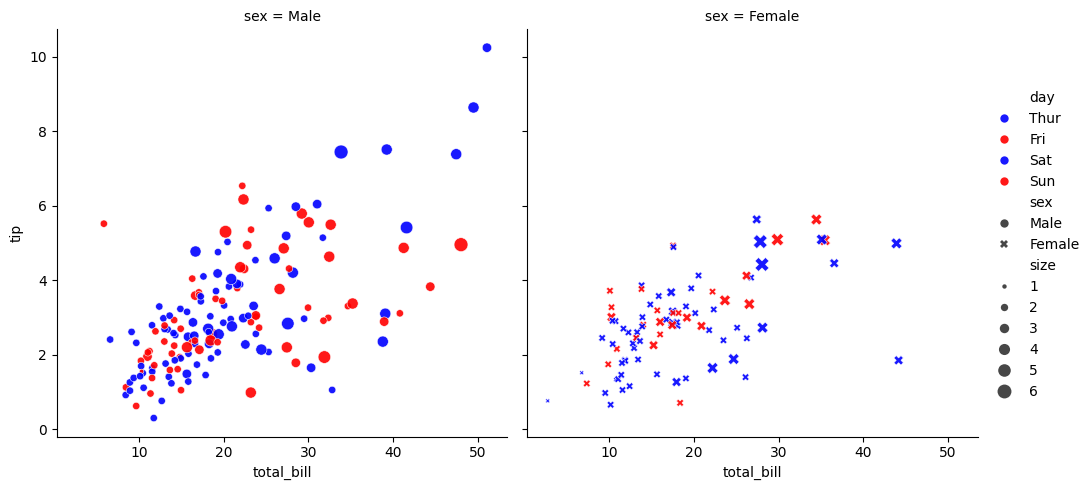
python, seaborn, relplot, alpha=0.9